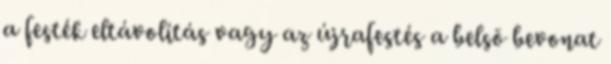
a festék eltávolítás vagy az újrafestés a belsõ bevonat